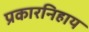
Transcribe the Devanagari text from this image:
प्रकारनिहाय